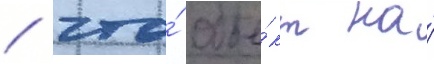
/ что́ объе́кт на́